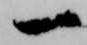
一